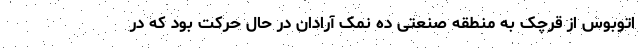
اتوبوس از قرچک به منطقه صنعتی ده نمک آرادان در حال حرکت بود که در